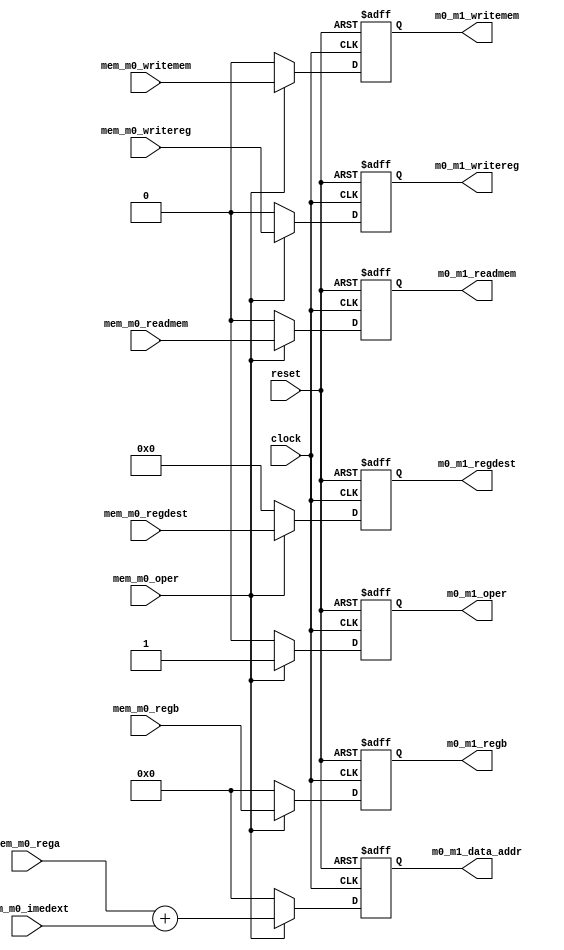
`ifndef MEM_ZERO
`define MEM_ZERO

/*
Mem_0: its only purpose is to calculate offest address
All other parameters are simply sent to Mem_1
*/
module Mem_0 (
    input clock,
    input reset,
    
    input mem_m0_oper,
    input mem_m0_readmem,
    input mem_m0_writemem,
    input [31:0] mem_m0_rega,
    input [31:0] mem_m0_imedext,
    input [31:0] mem_m0_regb,
    input [4:0] mem_m0_regdest,
    input mem_m0_writereg,

    output reg m0_m1_oper,
    output reg m0_m1_readmem,
    output reg m0_m1_writemem,
    output reg [31:0] m0_m1_data_addr,
    output reg [31:0] m0_m1_regb,
    output reg [4:0] m0_m1_regdest,
    output reg m0_m1_writereg
);

    always @(posedge clock or negedge reset) begin
        if (~reset) begin
            m0_m1_oper <= 1'b0;
            m0_m1_readmem <= 1'b0;
            m0_m1_writemem <= 1'b0;
            m0_m1_data_addr <= 32'h0000_0000;
            m0_m1_regb <= 32'h0000_0000;
            m0_m1_regdest <= 5'b00000;
            m0_m1_writereg <= 1'b0;
        end else if (~mem_m0_oper) begin
            m0_m1_oper <= 1'b0;
            m0_m1_readmem <= 1'b0;
            m0_m1_writemem <= 1'b0;
            m0_m1_data_addr <= 32'h0000_0000;
            m0_m1_regb <= 32'h0000_0000;
            m0_m1_regdest <= 5'b00000;
            m0_m1_writereg <= 1'b0;
        end else begin
            m0_m1_oper <= 1'b1;
            m0_m1_readmem <= mem_m0_readmem;
            m0_m1_writemem <= mem_m0_writemem;
            // Calculate address by adding offset to base address
            m0_m1_data_addr <= mem_m0_rega + mem_m0_imedext;
            m0_m1_regb <= mem_m0_regb;
            m0_m1_regdest <= mem_m0_regdest;
            m0_m1_writereg <= mem_m0_writereg;
        end
    end

endmodule

`endif